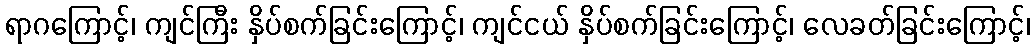
ရာဂကြောင့်၊ ကျင်ကြီး နှိပ်စက်ခြင်းကြောင့်၊ ကျင်ငယ် နှိပ်စက်ခြင်းကြောင့်၊ လေခတ်ခြင်းကြောင့်၊